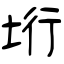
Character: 垳